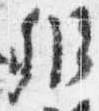
弁